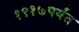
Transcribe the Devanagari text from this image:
१९१७पर्यंत